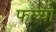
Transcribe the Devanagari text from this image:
फल्‍यो